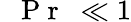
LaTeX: \mathrm{~\textit~{~P~r~}~}\ll 1